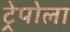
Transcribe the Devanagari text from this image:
ट्रेपोला